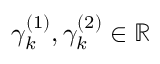
\gamma _ { k } ^ { ( 1 ) } , \gamma _ { k } ^ { ( 2 ) } \in \mathbb { R }